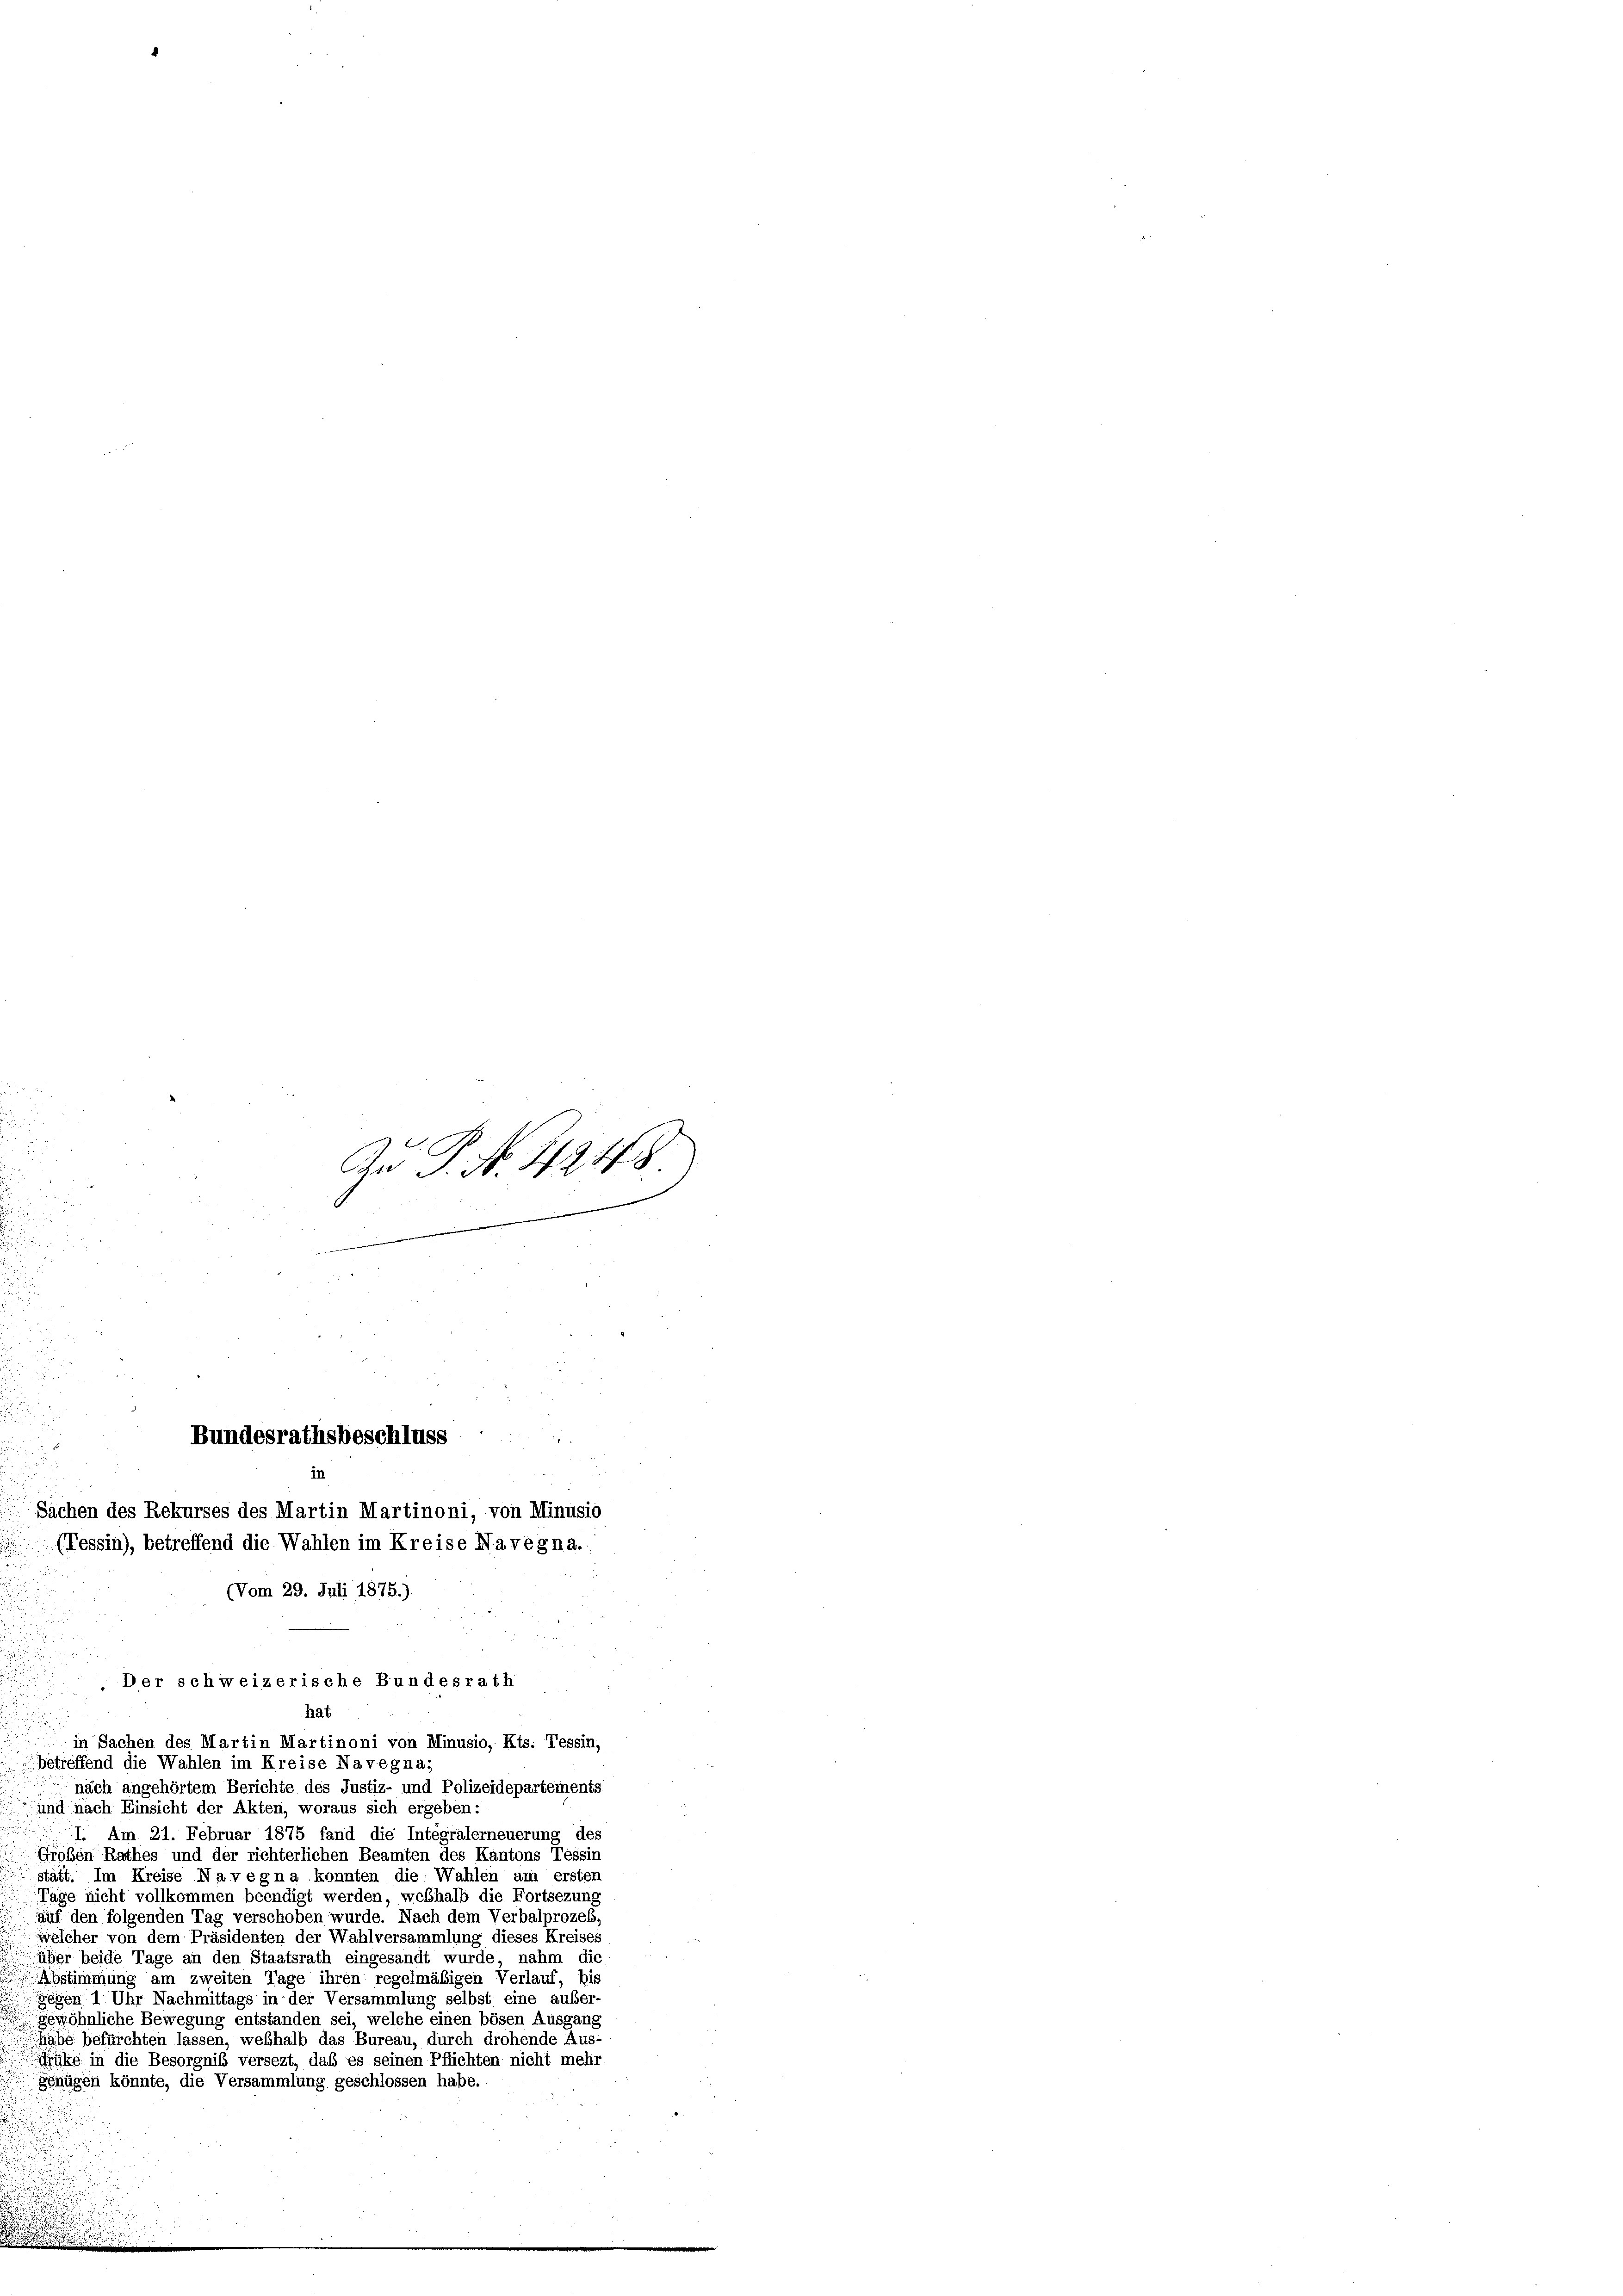
d
.
Bundesrathsbeschluss
in
Sachen des Rekurses des Martin Martinoni, von Minusio
(Tessin), betreffend die Wahlen im Kreise Navegna.
(Vom 29. Juli 1875.).

An P. No 4248

hat
in Sachen des Martin Martinoni von Minusio, Kts. Tessin,
betreffend die Wahlen im Kreise Navegna;
nach angehörtem Berichte des Justiz- und Polizeidepartements
und nach Einsicht der Akten, woraus sich ergeben:
I. Am 21. Februar 1875 fand die Intégralerneuerung des
Großen Rathes und der richterlichen Beamten des Kantons Tessin
stätt. Im Kreise Navegna konnten die Wahlen am ersten
Tage nicht vollkommen beendigt werden, weßhalb die Fortsezung
auf den folgenden Tag verschoben wurde. Nach dem Verbalprozess,
welcher von dem Präsidenten der Wahlversammlung dieses Kreises
über beide Tage an den Staatsrath eingesandt wurde, nahm die
Abstimmung am zweiten Tage ihren regelmäßigen Verlauf, bis
gegen 1 Uhr Nachmittags in der Versammlung selbst eine außer-
gewöhnliche Bewegung entstanden sei, welche einen bösen Ausgang
habe befürchten lassen, weßhalb das Bureau, durch drohende Aus-
Früke in die Besorgnis versezt, daß es seinen Pflichten nicht mehr
Genügen könnte, die Versammlung geschlossen habe.

Der schweizerische Bundesrath